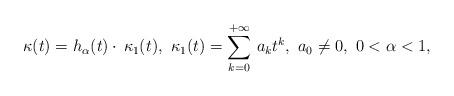
LaTeX: \begin{align*}\kappa(t) = h_{\alpha}(t) \cdot \, \kappa_1(t),\ \kappa_1(t)=\sum_{k=0}^{+\infty}\, a_k t^k, \ a_0 \not = 0,\ 0<\alpha <1,\end{align*}